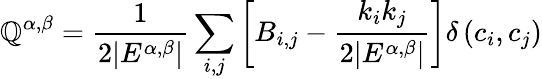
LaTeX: \displaystyle\mathbb{Q}^{\alpha,\beta}=\frac{{1}}{{2|E^{\alpha,\beta}|}}\sum_{i,j}{\left[B_{i,j}-\frac{{k_{i}k_{j}}}{{2|E^{\alpha,\beta}|}}\right]}\delta\left(c_{i},c_{j}\right)